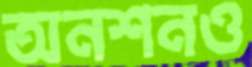
অনশনও